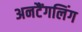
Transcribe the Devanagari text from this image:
अनटैंगलिंग